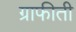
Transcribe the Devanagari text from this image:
ग्राफीती